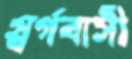
স্বর্গবাসী